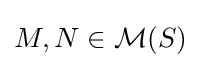
M,N\in {\mathcal {M}}(S)